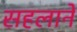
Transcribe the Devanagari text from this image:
सहलाने